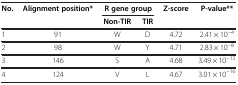
<table><thead><tr><td><b>No.</b></td><td><b>Alignment position*</b></td><td colspan="2"><b>R gene group</b></td><td><b>Z-score</b></td><td><b>P-value**</b></td></tr><tr><td><b> </b></td><td><b> </b></td><td><b>Non-TIR</b></td><td><b>TIR</b></td><td><b> </b></td><td><b> </b></td></tr></thead><tbody><tr><td>1</td><td>91</td><td>W</td><td>D</td><td>4.72</td><td>2.41 × 10<sup>−4</sup></td></tr><tr><td>2</td><td>98</td><td>W</td><td>Y</td><td>4.71</td><td>2.83 × 10<sup>−8</sup></td></tr><tr><td>3</td><td>146</td><td>S</td><td>A</td><td>4.68</td><td>3.49 × 10<sup>−12</sup></td></tr><tr><td>4</td><td>124</td><td>V</td><td>L</td><td>4.67</td><td>3.01 × 10<sup>−16</sup></td></tr></tbody></table>